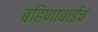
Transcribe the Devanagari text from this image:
बहिणाबाईचं